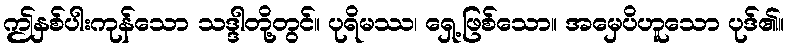
ဤနှစ်ပါးကုန်သော သဒ္ဒါတို့တွင်။ ပုရိမဿ၊ ရှေ့ဖြစ်သော။ အမှေပိဟူသော ပုဒ်၏။